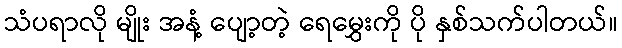
သံပရာလို မျိုး အနံ့ ပျော့တဲ့ ရေမွှေးကို ပို နှစ်သက်ပါတယ်။